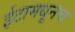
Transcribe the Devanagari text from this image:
ईटामधूनच